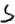
Text: S